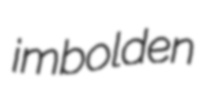
imbolden